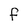
Character: f